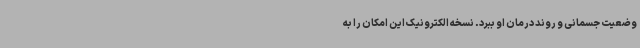
وضعیت جسمانی و روند درمان او ببرد. نسخه الکترونیک این امکان را به